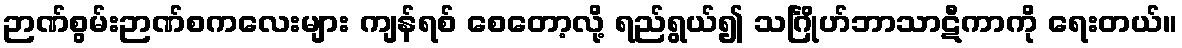
ဉာဏ်စွမ်းဉာဏ်စကလေးများ ကျန်ရစ် စေတော့လို့ ရည်ရွယ်၍ သင်္ဂြိုဟ်ဘာသာဋီကာကို ရေးတယ်။